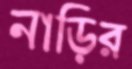
নাড়ির